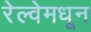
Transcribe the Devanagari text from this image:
रेल्वेमधून